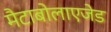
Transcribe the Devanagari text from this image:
मैटाबोलाएजेड